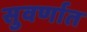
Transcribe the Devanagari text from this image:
सुवर्णात